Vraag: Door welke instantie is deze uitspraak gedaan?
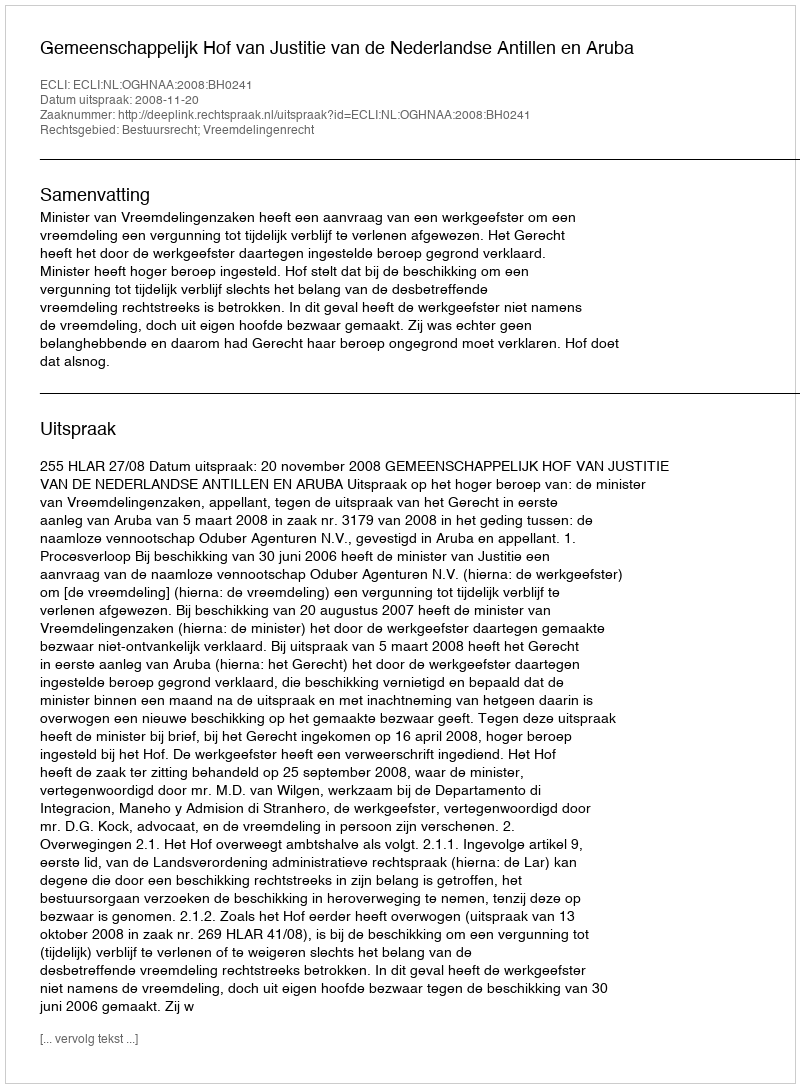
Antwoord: Gemeenschappelijk Hof van Justitie van de Nederlandse Antillen en Aruba